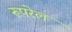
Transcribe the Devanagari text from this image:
रूपरेल